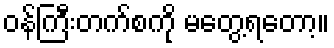
ဝန်ကြီးတက်စကို မတွေ့ရတော့။